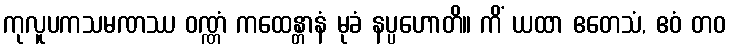
ကုလူပကသမဏဿ ဝဏ္ဏံ ကထေန္တာနံ မုခံ နပ္ပဟောတိ။ ကိံ ယထာ ဧတေသံ, ဧဝံ တဝ